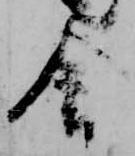
舎